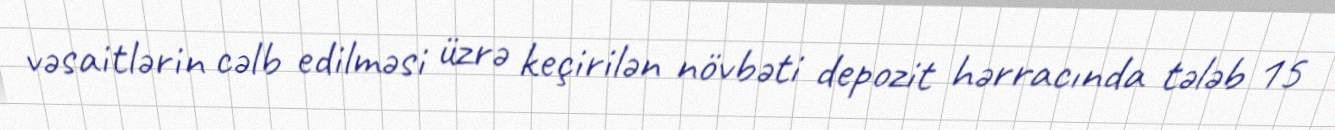
vəsaitlərin cəlb edilməsi üzrə keçirilən növbəti depozit hərracında tələb 15